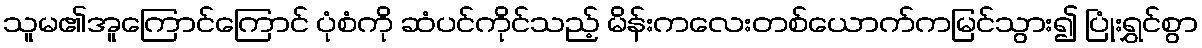
သူမ၏အူကြောင်ကြောင် ပုံစံကို ဆံပင်ကိုင်သည့် မိန်းကလေးတစ်ယောက်ကမြင်သွား၍ ပြုံးရွှင်စွာ